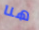
هنا